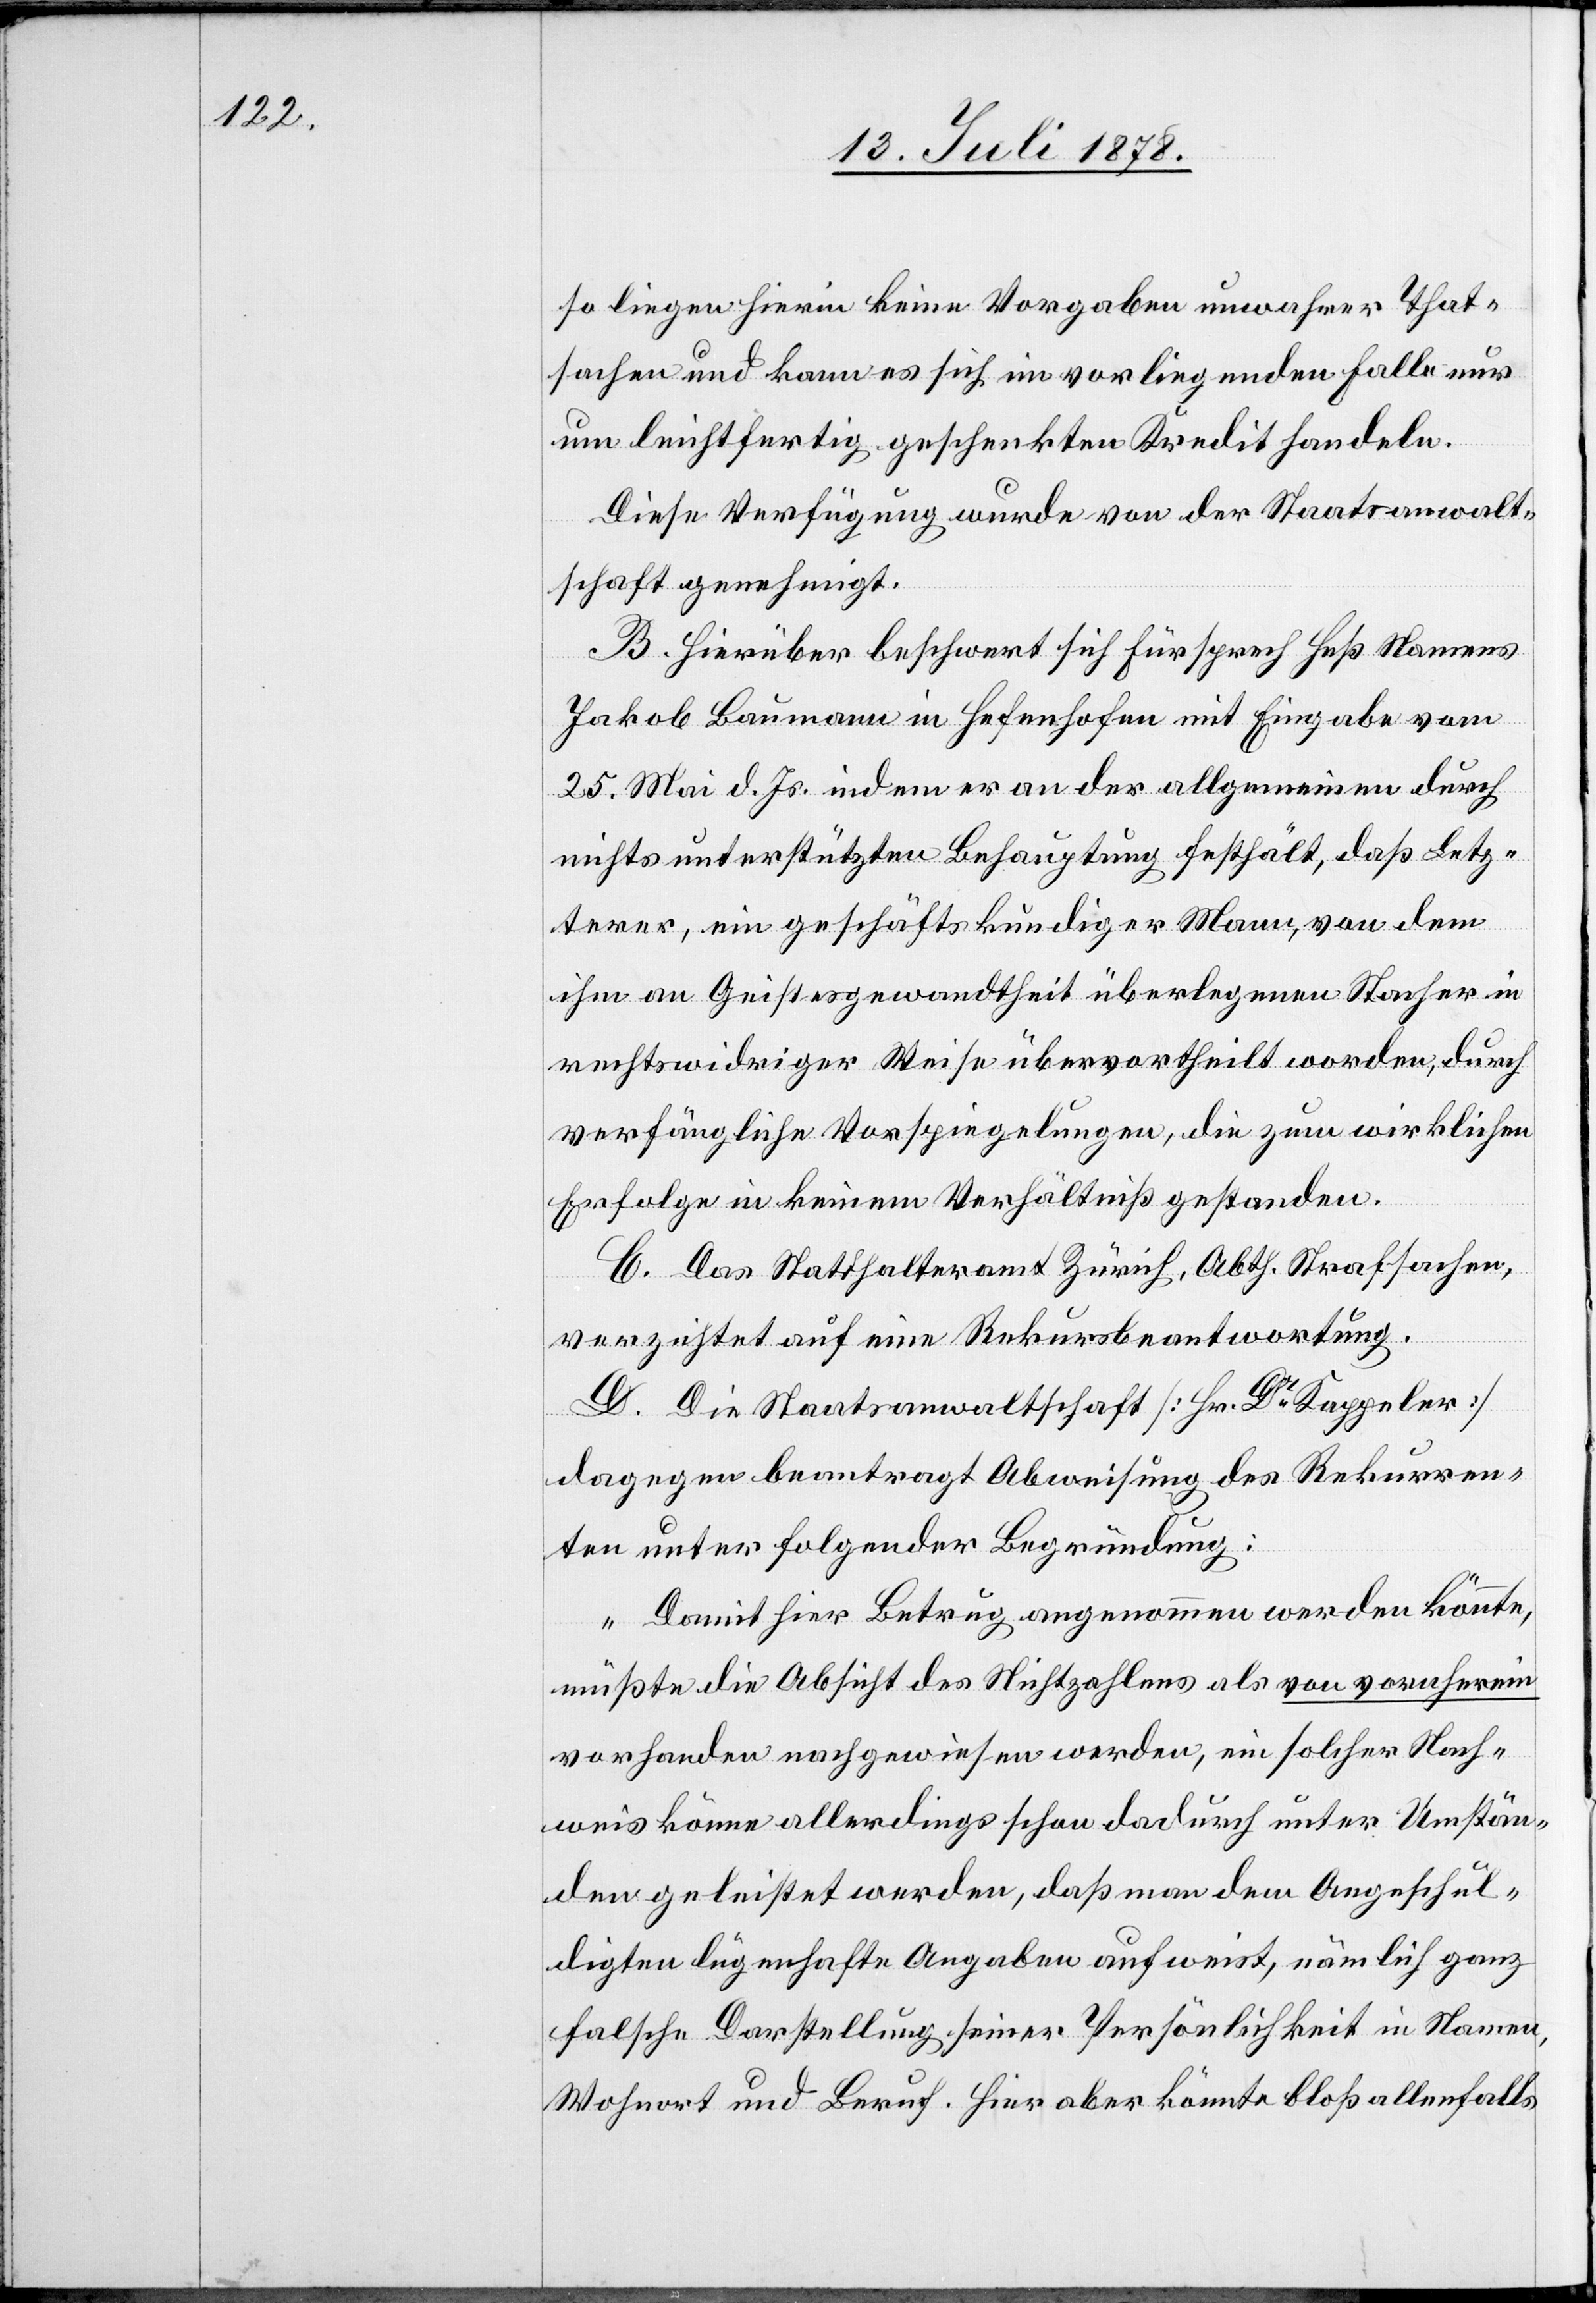
so liegen hierin keine Vorgaben unwahrer That¬
sachen und kann es sich im vorliegenden Falle nur
um leichtfertig geschenkten Kredit handeln.
Diese Verfügung wurde von der Staatsanwalt¬
schaft genehmigt.
B. Hierüber beschwert sich Fürsprech Heß Namens
Jakob Baumann in Hefenhofen mit Eingabe vom
25. Mai d. Js. indem er an der allgemeinen durch
nichts unterstützten Behauptung festhält, daß Letz¬
terer, ein geschäftskundiger Mann, von dem
ihm an Geistesgewandtheit überlegenen Stacher in
rechtswidriger Weise übervortheilt worden, durch
verfängliche Vorspiegelungen, die zum wirklichen
Erfolge in keinem Verhältniß gestanden.
C. Das Statthalteramt Zürich, Abth. Strafsachen,
verzichtet auf eine Rekursbeantwortung.
D. Die Staatsanwaltschaft [Hr. Dr Kappeler]
dagegen beantragt Abweisung des Rekurren¬
ten unter folgender Begründung:
„Damit hier Betrug angenommen werden könnte,
müßte die Absicht des Nichtzahlens als von vornherein
vorhanden nachgewiesen werden, ein solcher Nach¬
weis könne allerdings schon dadurch unter Umstän¬
den geleistet werden, daß man dem Angeschul¬
digten lügenhafte Angaben aufweist, nämlich ganz
falsche Darstellung seiner Persönlichkeit in Namen,
Wohnort und Beruf. Hier aber könnte bloß allenfalls